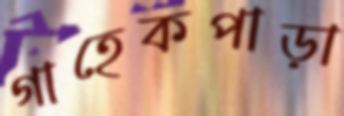
গাহেকপাড়া